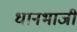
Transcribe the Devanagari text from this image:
धानभाजी